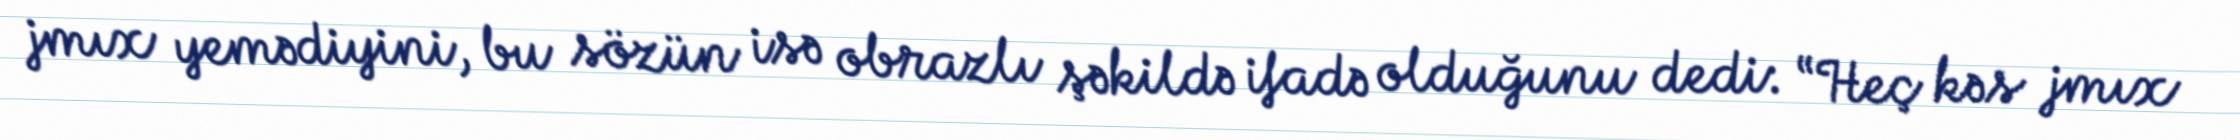
jmıx yemədiyini, bu sözün isə obrazlı şəkildə ifadə olduğunu dedi: “Heç kəs jmıx